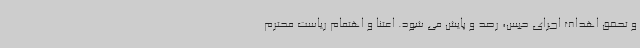
و تحقق اهداف اجرای حبس، رصد و پایش می شود. اعتنا و اهتمام ریاست محترم